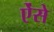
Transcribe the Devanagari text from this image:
ऐंसे